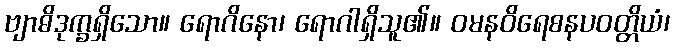
ဗျာဓိဒုက္ခရှိသော။ ရောဂိနော၊ ရောဂါရှိသူ၏။ ဝမနဝိရေစနပဝတ္တိယံ၊